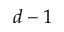
d - 1